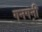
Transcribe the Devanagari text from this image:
गनगनी